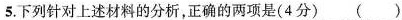
5下列针对上述材料的分析正确的两项是(4分)